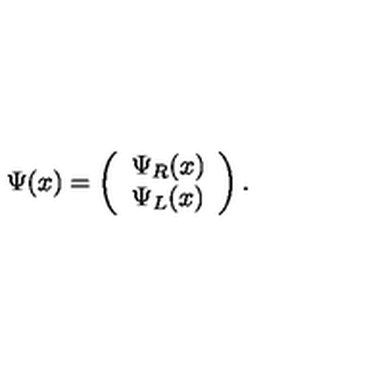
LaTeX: \Psi ( x ) = \left( \begin{array} { c } { \Psi _ { R } ( x ) } \\ { \Psi _ { L } ( x ) } \\ \end{array} \right) .